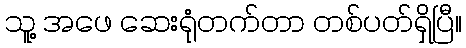
သူ့ အဖေ ဆေးရုံတက်တာ တစ်ပတ်ရှိပြီ။